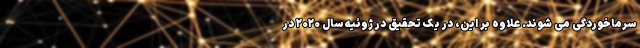
سرماخوردگی می شوند. علاوه بر این، در یک تحقیق در ژوئیه سال ۲۰۲۰ در